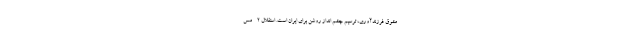
مشوق فرزندآوری، ترسیم چشم انداز روشن برای ایران است. استقلال ۲ - مس